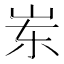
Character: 岽